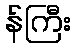
န်ကြီး